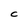
Character: C